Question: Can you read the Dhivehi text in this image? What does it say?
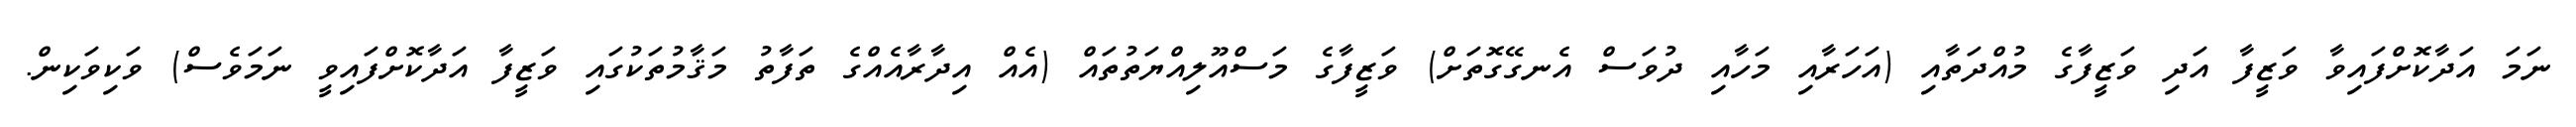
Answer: ނަމަ އަދާކޮށްފައިވާ ވަޒީފާ އަދި ވަޒީފާގެ މުއްދަތާއި (އަހަރާއި މަހާއި ދުވަސް އެނގޭގޮތަށް) ވަޒީފާގެ މަސްއޫލިއްޔަތުތައް (އެއް އިދާރާއެއްގެ ތަފާތު މަޤާމުތަކުގައި ވަޒީފާ އަދާކޮށްފައިވީ ނަމަވެސް) ވަކިވަކިން.